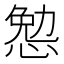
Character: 𰑷